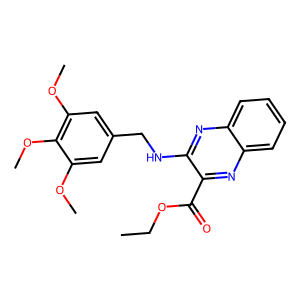
SMILES: CCOC(=O)c1nc2ccccc2nc1NCc1cc(OC)c(OC)c(OC)c1
Inhibits HIV replication: No